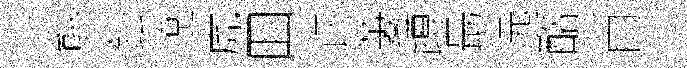
熊鈆遼虎囬许萋蹲朂远酪肖